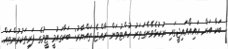
ބަކާ އަށް އައިއޯއައިޖީގައި ނުކުޅެވޭނެގަތަރު ހުއްޓުވަން ރާއްޖެ ތައްޔާރު: ބަކާގައުމީ ޓީމުގެ ފަރިތަކުރުންތައް